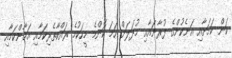
ކަން ކަމަށާއި އަނެކުންގެ ފުރާނައާއި މުދަލަށް ހަމަ ކޮންމެ މީހަކުމެ ރައްކާތެރިކަމާއި އަމާންކަމާއި